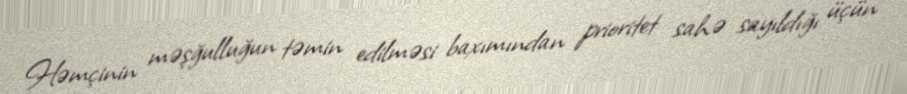
Həmçinin məşğulluğun təmin edilməsi baxımından prioritet sahə sayıldığı üçün